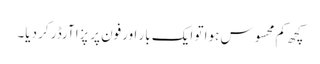
کچھ کم محسوس ہوا تو ایک بار اورفون پر پِزا آرڈر کر دیا۔